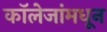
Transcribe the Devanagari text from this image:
कॉलेजांमधून